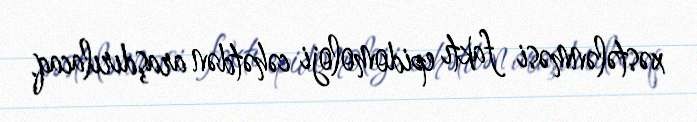
xəstələnməsi faktı epidomoloji cəhətdən araşdırılacaq.